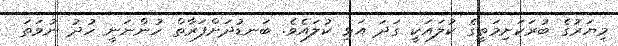
މިޔަރުގެ ބުރަކަށިމަތީގެ ކުލައަކީ ގަދަ އަޅި ކުލައެވެ. ބަނޑުދަށްފަރާތް ހުންނަނީ ހުދު ނުވަތަ